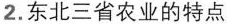
2.东北三省农业的特点